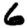
Digit: 6